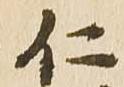
仁